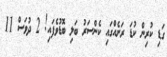
ގަޑި ކުރިން ކުޑަ ރަށެއްގައި ކެންސަރު ބަލި ބޮޑުވެފައި! 2 ދުވަސް 11